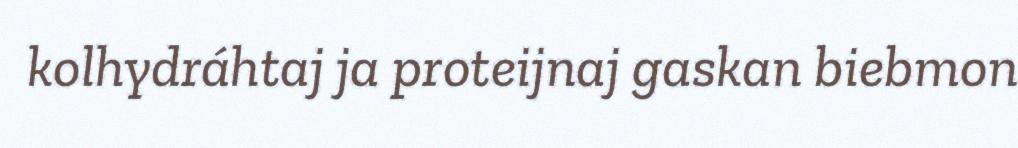
kolhydráhtaj ja proteijnaj gaskan biebmon